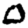
Digit: 0